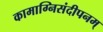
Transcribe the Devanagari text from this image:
कामाग्निसंदीपनम्